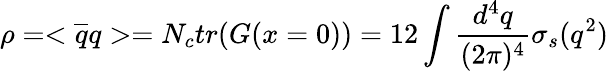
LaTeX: \rho=<\overline{{{q}}}q>=N_{c}tr(G(x=0))=12\int\frac{d^{4}q}{(2\pi)^{4}}\sigma_{s}(q^{2})